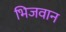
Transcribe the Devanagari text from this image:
भिजवान